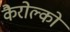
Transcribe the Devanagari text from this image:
कैरोल्को